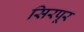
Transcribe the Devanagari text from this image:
सिरपूर